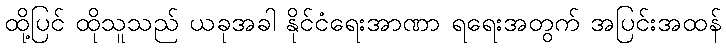
ထို့ပြင် ထိုသူသည် ယခုအခါ နိုင်ငံရေးအာဏာ ရရေးအတွက် အပြင်းအထန်